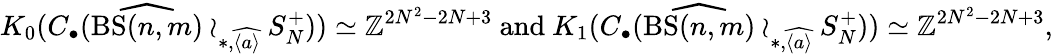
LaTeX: K_{0}(C_{\bullet}(\widehat{\mathrm{BS}(n,m)}\wr_{\ast,\widehat{\langle a\rangle}}S_{N}^{+}))\simeq\mathbb{Z}^{2N^{2}-2N+3}\mathrm{~and~}K_{1}(C_{\bullet}(\widehat{\mathrm{BS}(n,m)}\wr_{\ast,\widehat{\langle a\rangle}}S_{N}^{+}))\simeq\mathbb{Z}^{2N^{2}-2N+3},